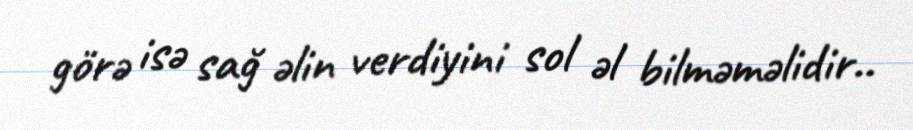
görə isə sağ əlin verdiyini sol əl bilməməlidir..